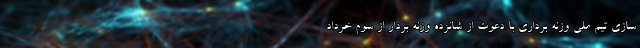
سازی تیم ملی وزنه برداری با دعوت از شانزده وزنه بردار از سوم خرداد